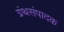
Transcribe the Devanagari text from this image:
ग्रंथसंपादक